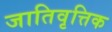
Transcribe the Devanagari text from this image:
जातिवृत्तिक